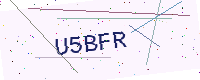
Text: U5BFR